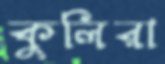
কুলিরা